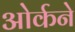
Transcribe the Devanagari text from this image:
ओर्कने